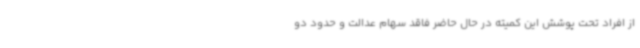
از افراد تحت پوشش این کمیته در حال حاضر فاقد سهام عدالت و حدود دو